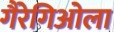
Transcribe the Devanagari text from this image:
गैरेगिओला